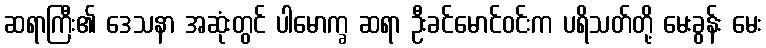
ဆရာကြီး၏ ဒေသနာ အဆုံးတွင် ပါမောက္ခ ဆရာ ဦးခင်မောင်ဝင်းက ပရိသတ်တို့ မေးခွန်း မေး